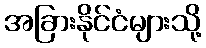
အခြားနိုင်ငံများသို့